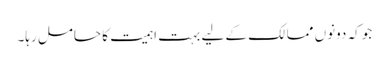
جو کہ دونوں ممالک کے لیے بہت اہمیت کا حامل رہا۔